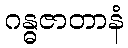
ဂန္ဓဇာတာနံ